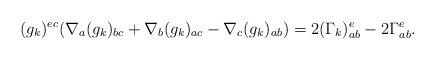
LaTeX: \begin{align*} (g_k)^{ec}(\nabla_a(g_k)_{bc}+\nabla_b(g_k)_{ac}-\nabla_c(g_k)_{ab})=2(\Gamma_k)_{ab}^e-2\Gamma_{ab}^e.\end{align*}